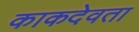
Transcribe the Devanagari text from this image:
काकदेवता